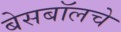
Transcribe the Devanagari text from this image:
बेसबॉलचे